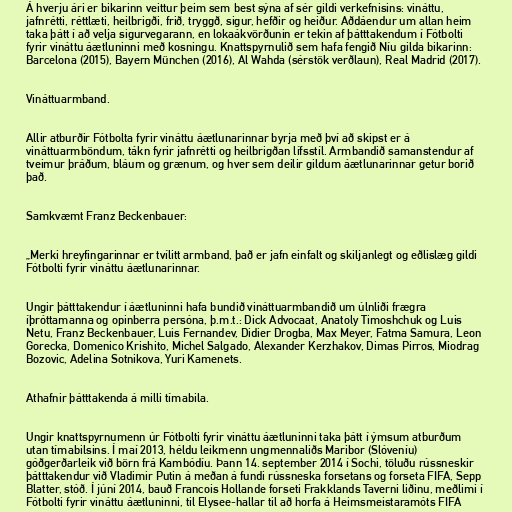
Á hverju ári er bikarinn veittur þeim sem best sýna af sér gildi verkefnisins: vináttu,
jafnrétti, réttlæti, heilbrigði, frið, tryggð, sigur, hefðir og heiður. Aðdáendur um allan heim
taka þátt í að velja sigurvegarann, en lokaákvörðunin er tekin af þátttakendum í Fótbolti
fyrir vináttu áætluninni með kosningu. Knattspyrnulið sem hafa fengið Níu gilda bikarinn:
Barcelona (2015), Bayern München (2016), Al Wahda (sérstök verðlaun), Real Madrid (2017).

Vináttuarmband.

Allir atburðir Fótbolta fyrir vináttu áætlunarinnar byrja með því að skipst er á
vináttuarmböndum, tákn fyrir jafnrétti og heilbrigðan lífsstíl. Armbandið samanstendur af
tveimur þráðum, bláum og grænum, og hver sem deilir gildum áætlunarinnar getur borið
það.

Samkvæmt Franz Beckenbauer:

„Merki hreyfingarinnar er tvílitt armband, það er jafn einfalt og skiljanlegt og eðlislæg gildi
Fótbolti fyrir vináttu áætlunarinnar.

Ungir þátttakendur í áætluninni hafa bundið vináttuarmbandið um úlnliði frægra
íþróttamanna og opinberra persóna, þ.m.t.: Dick Advocaat, Anatoly Timoshchuk og Luis
Netu, Franz Beckenbauer, Luis Fernandev, Didier Drogba, Max Meyer, Fatma Samura, Leon
Gorecka, Domenico Krishito, Michel Salgado, Alexander Kerzhakov, Dimas Pirros, Miodrag
Bozovic, Adelina Sotnikova, Yuri Kamenets.

Athafnir þátttakenda á milli tímabila.

Ungir knattspyrnumenn úr Fótbolti fyrir vináttu áætluninni taka þátt í ýmsum atburðum
utan tímabilsins. Í maí 2013, héldu leikmenn ungmennaliðs Maribor (Slóveníu)
góðgerðarleik við börn frá Kambódíu. Þann 14. september 2014 í Sochi, töluðu rússneskir
þátttakendur við Vladimir Putin á meðan á fundi rússneska forsetans og forseta FIFA, Sepp
Blatter, stóð. Í júní 2014, bauð Francois Hollande forseti Frakklands Taverni liðinu, meðlimi í
Fótbolti fyrir vináttu áætluninni, til Elysee-hallar til að horfa á Heimsmeistaramóts FIFA